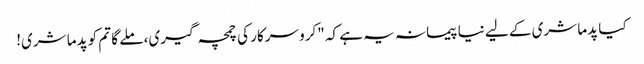
کیا پدما شری کے لیے نیا پیمانہ یہ ہے کہ "کرو سرکار کی چمچہ گیری، ملے گا تم کو پدما شری!